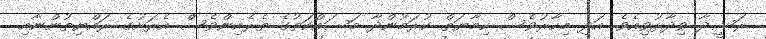
ރަޝީދާ ވިދާޅުވިއެވެ. އަދި މިހާރުވެސް ހިމާޔަތް ކުރަމުންދާ މަސައްކަތުގެ ތެރެއިންވެސް އެރަށުގެ ރައްޔިތުންނާއި